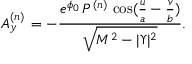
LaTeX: A _ { y } ^ { ( n ) } \, = - { \frac { { e ^ { \phi _ { 0 } } } \, P ^ { ( n ) } \, \cos ( { \frac { u } { a } } - { \frac { v } { b } } ) } { { \sqrt { { M ^ { 2 } } - { | \Upsilon | ^ { 2 } } } } } } .